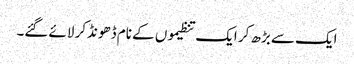
ایک سے بڑھ کر ایک تنظیموں کے نام ڈھونڈکر لائے گئے۔